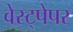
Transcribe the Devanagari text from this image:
वेस्ट्पेपर